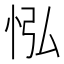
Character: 𢘌